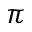
\pi